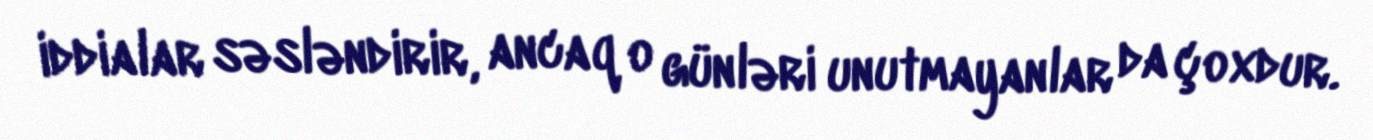
iddialar səsləndirir, ancaq o günləri unutmayanlar da çoxdur.